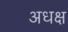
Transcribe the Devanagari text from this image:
अधक्ष